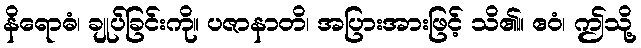
နိရောဓံ၊ ချုပ်ခြင်းကို။ ပဇာနာတိ၊ အပြားအားဖြင့် သိ၏။ ဧဝံ၊ ဤသို့